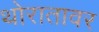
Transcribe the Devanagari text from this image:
थोरातावर